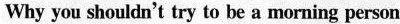
Why you shouldn't try to be a morning person